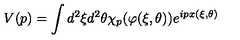
V ( p ) = \int d ^ { 2 } \xi d ^ { 2 } \theta \chi _ { p } ( \varphi ( \xi , \theta ) ) e ^ { i p x ( \xi , \theta ) }